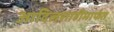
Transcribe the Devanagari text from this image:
आदिलशाहीमार्फत